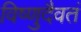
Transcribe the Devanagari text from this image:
विष्णुदैवतं